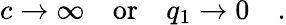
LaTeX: c\rightarrow\infty\quad\mathrm{or}\quad q_{1}\rightarrow 0\quad.